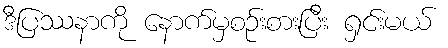
ဒီပြဿနာကို နောက်မှစဉ်းစားပြီး ရှင်းမယ်